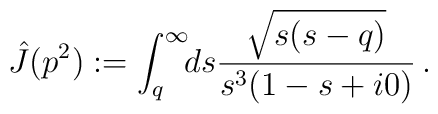
\hat{J}(p^2):=\int_{q}^{\infty}\!\!ds\frac{\sqrt{s(s-q)}}{s^3(1-s+i0)}\,.